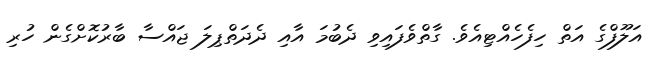
އަލޫފްގެ އަތް ހިފެހެއްޓިއެވެ. ގާތްވެފައިވި ދެބުމަ އާއި ދެދަތްޕިލަ ޖައްސާ ބާރުކޮށްގެން ހުރި